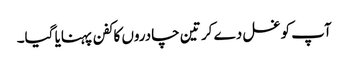
آپ کو غسل دے کر تین چادروں کا کفن پہنایا گیا۔